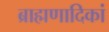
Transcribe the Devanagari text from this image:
ब्राह्मणादिकां